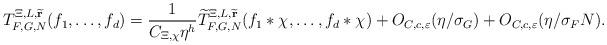
LaTeX: \begin{align*}T_{F,G,N}^{\Xi,L,\widetilde{\mathbf{r}}}(f_1,\dots,f_d) = \frac{1}{C_{\Xi,\chi}\eta^{h}}\widetilde{T}_{F,G,N}^{\Xi,L,\widetilde{\mathbf{r}}}(f_1\ast \chi,\dots,f_d\ast \chi) + O_{C,c,\varepsilon}(\eta/\sigma_G) + O_{C,c,\varepsilon}(\eta/\sigma_F N).\end{align*}